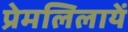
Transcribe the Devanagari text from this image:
प्रेमलिलायें